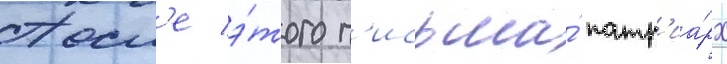
Посл'е э́того п'исьма́ патр'иа́рх